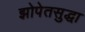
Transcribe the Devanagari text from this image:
झोपेतसुद्धा